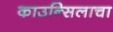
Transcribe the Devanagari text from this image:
काउन्सिलाचा